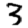
Digit: 3